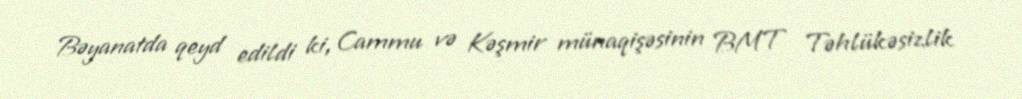
Bəyanatda qeyd edildi ki, Cammu və Kəşmir münaqişəsinin BMT Təhlükəsizlik